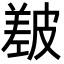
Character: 㿷